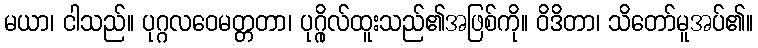
မယာ၊ ငါသည်။ ပုဂ္ဂလဝေမတ္တတာ၊ ပုဂ္ဂိုလ်ထူးသည်၏အဖြစ်ကို။ ဝိဒိတာ၊ သိတော်မူအပ်၏။